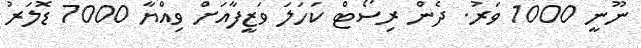
ނޫނީ 1000 ވަރު. ދެން ރިސޯޓް ކަހަލަ ވަޒީފާއަށް ވިއްޔާ 7000 ޑޮލަރު